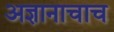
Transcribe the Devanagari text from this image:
अज्ञानाचाच